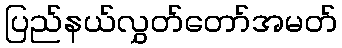
ပြည်နယ်လွှတ်တော်အမတ်